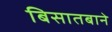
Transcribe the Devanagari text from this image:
बिसातबाने